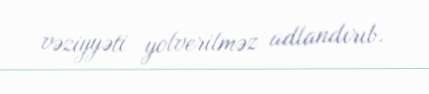
vəziyyəti yolverilməz adlandırıb.